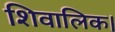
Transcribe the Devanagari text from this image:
शिवालिक।